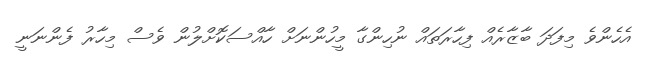
އެހެންވެ މިފަދަ ބާޒާރެއް ފިހާރަތައް ނުހިންގާ މީހުންނަށް ހާއްސަކޮށްލުން ވެސް މިހާރު ފެންނަނީ